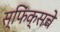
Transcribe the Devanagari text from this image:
स्फिंक्सचे